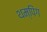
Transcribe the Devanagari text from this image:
थम्पिंग